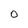
Character: 0